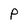
Character: P